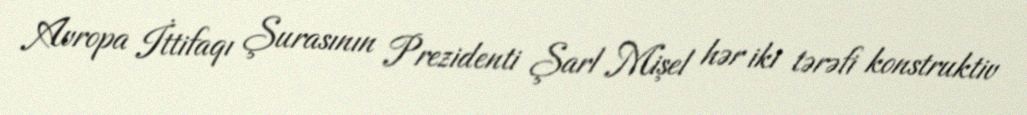
Avropa İttifaqı Şurasının Prezidenti Şarl Mişel hər iki tərəfi konstruktiv